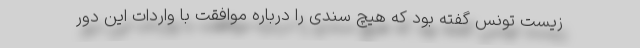
زیست تونس گفته بود که هیچ سندی را درباره موافقت با واردات این دور